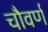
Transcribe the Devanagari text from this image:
चौवर्ण